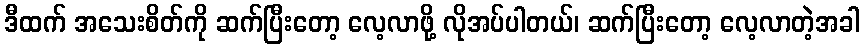
ဒီထက် အသေးစိတ်ကို ဆက်ပြီးတော့ လေ့လာဖို့ လိုအပ်ပါတယ်၊ ဆက်ပြီးတော့ လေ့လာတဲ့အခါ